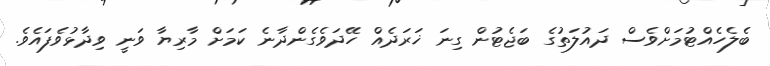
ބެލެހެއްޓުމަށްވެސް ދައުލަތުގެ ބަޖެޓުން ގިނަ ޚަރަދެއް ހޭދަވެގެންދާނެ ކަމަށް މާރިޔާ ވަނީ ވިދާޅުވެފައެވެ.